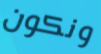
ونكون